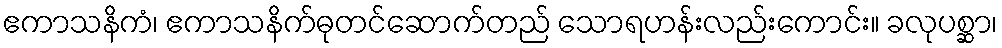
ဧကာသနိကံ၊ ဧကာသနိက်ဓုတင်ဆောက်တည် သောရဟန်းလည်းကောင်း။ ခလုပစ္ဆာ၊